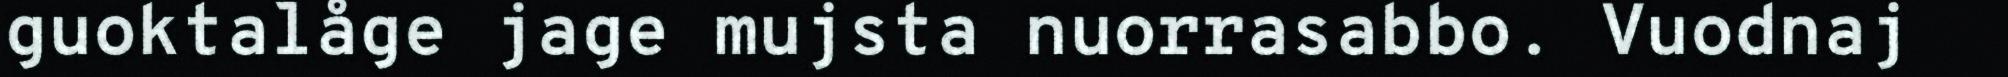
guoktalåge jage mujsta nuorrasabbo. Vuodnaj